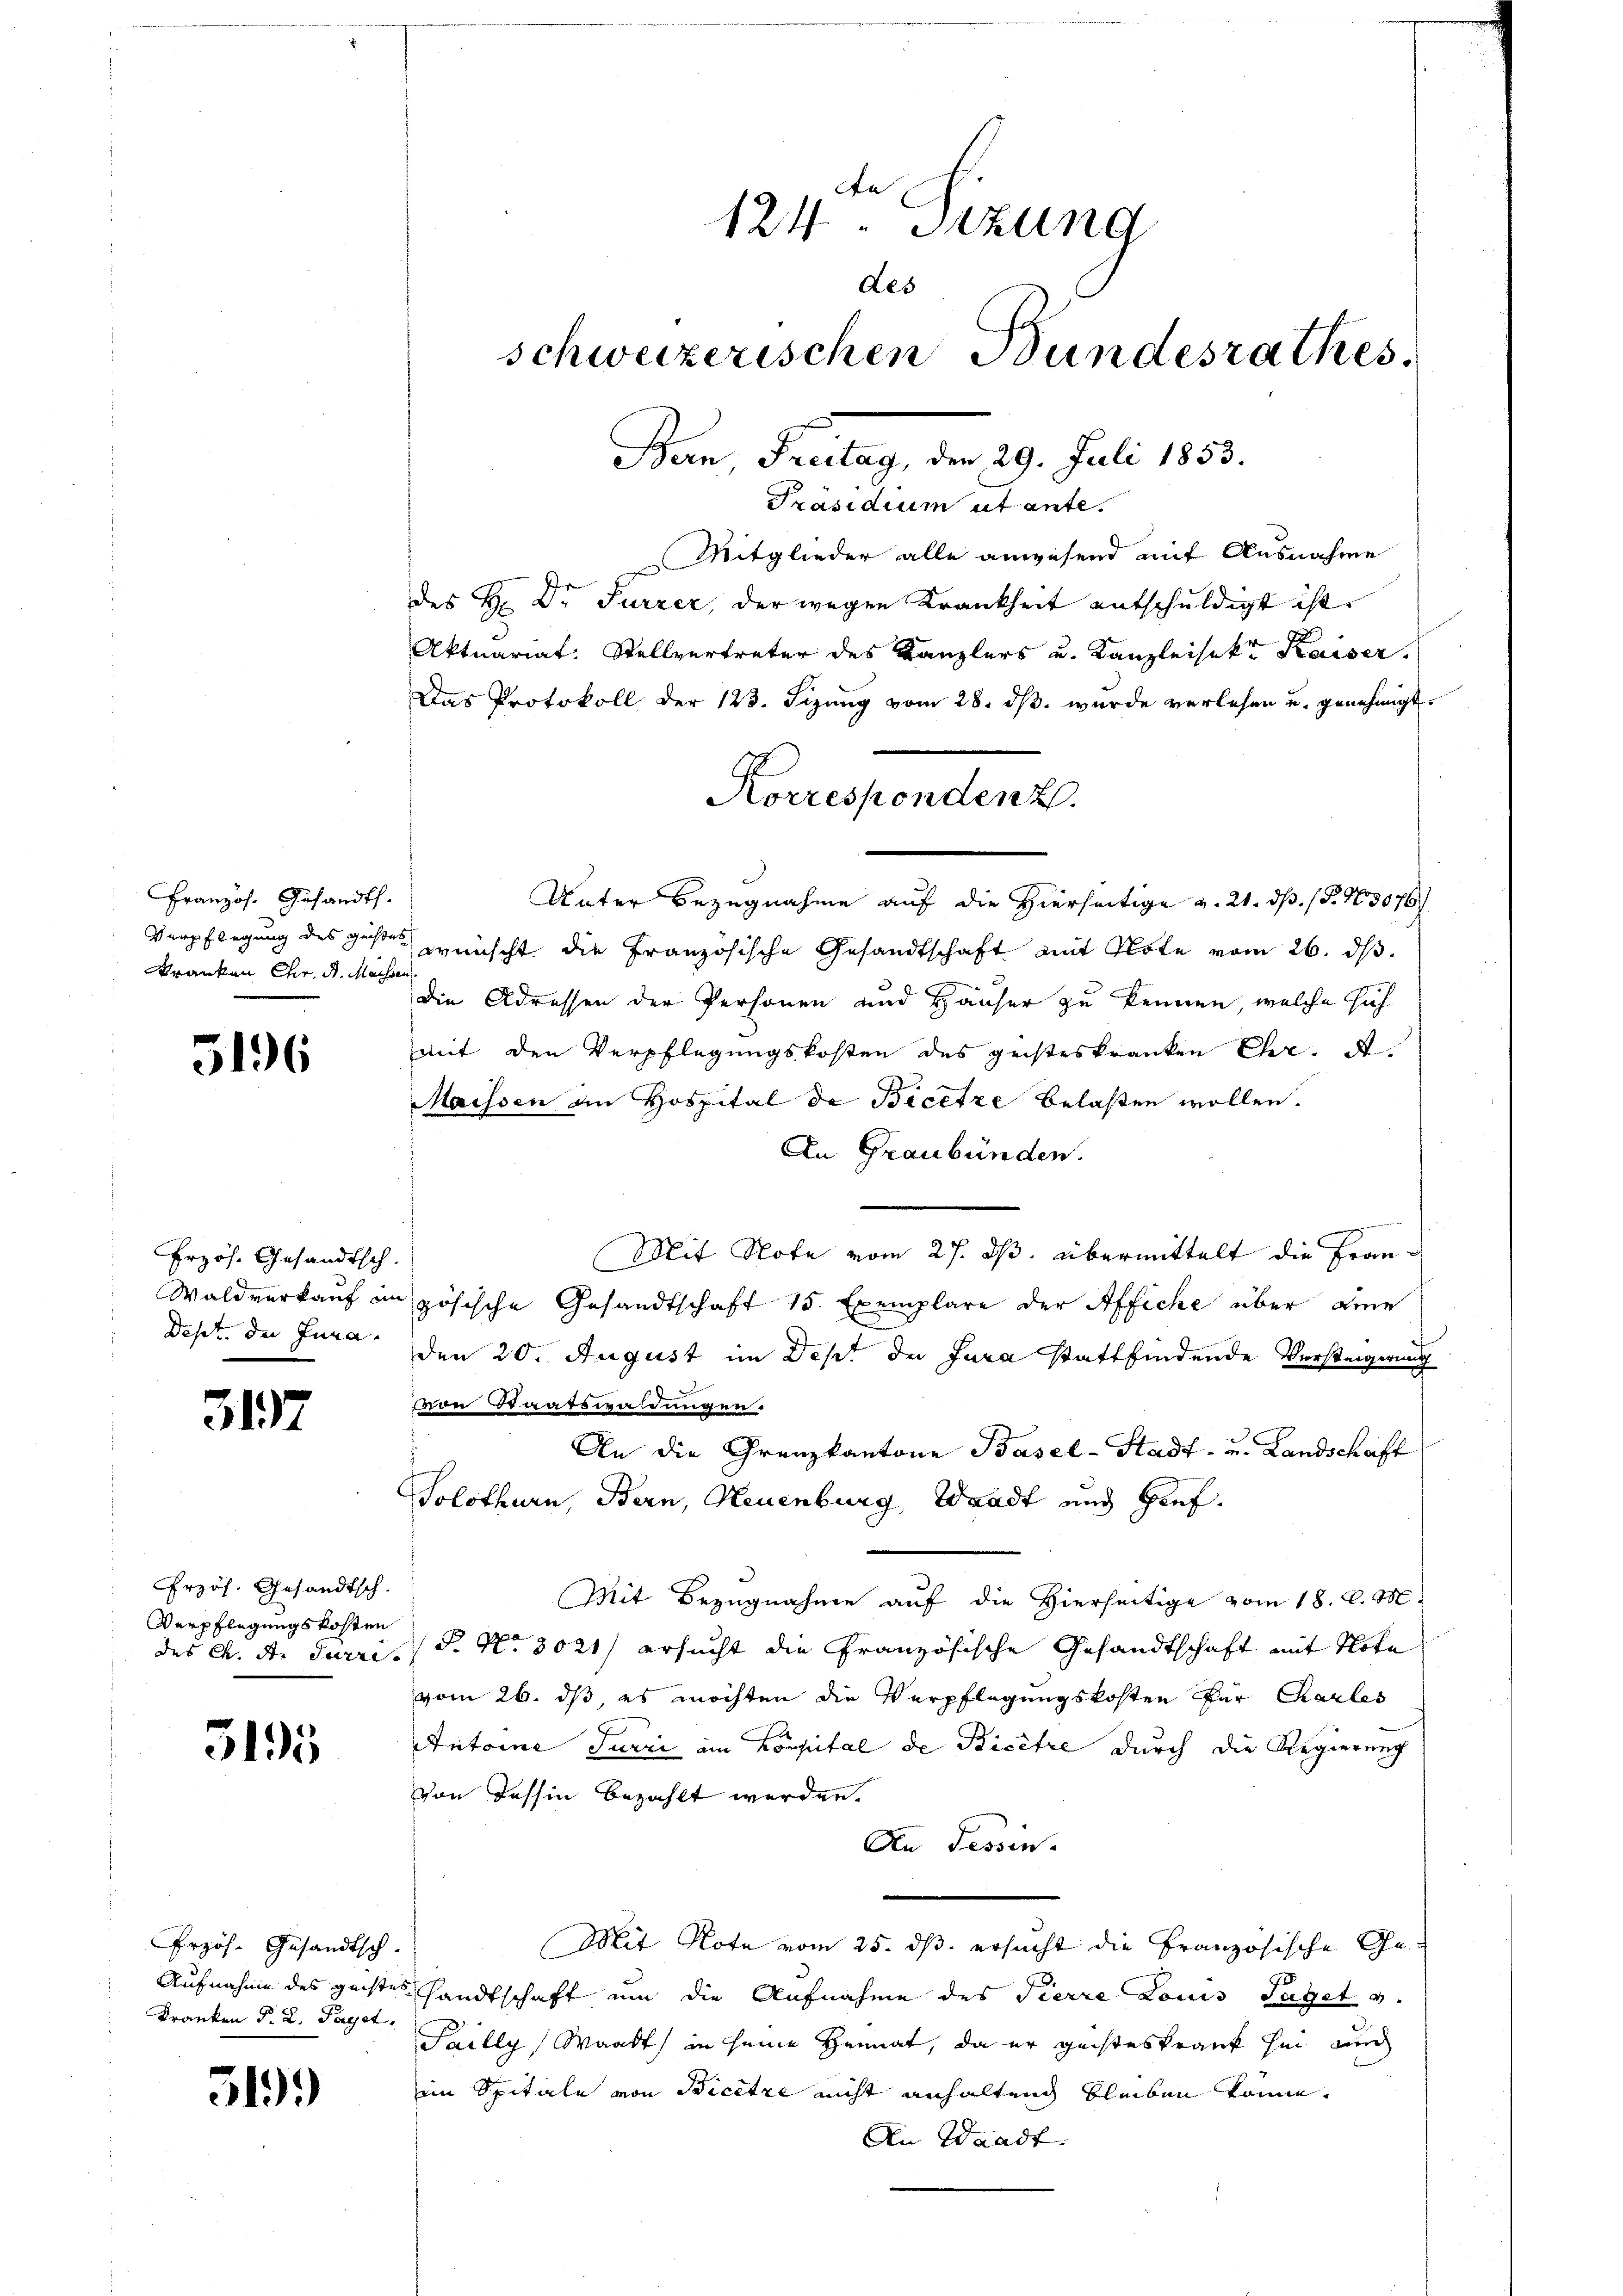
Französ. Gesandts.
Kranken Chr. St. Machsen

5196

Erzös. Gesandtsch.

3197

Przös. Gesandtsch.
Verpflegungskosten

3195

Erzös. Gesandtsch.
Franken d. R. Paget,

319.

Präsidium ut ante.
Mitglieder alle anwesend auf Ausnahme
des H. Dr Furzer, der wegen Krankheit entschuldigt ist.
Aktuariat: Stellvertreter des Kanzlers u. Kanzleisekt Kaiser.
Das Protokoll der 123. Sizung vom 28. ds. wurde verlesen u. genehmigt
Unter Bezugnahme auf die Hierseitige v. 21. ds. (§. 13076
Verpflegung des gester wünscht die Französische Gesandtschaft mit Note vom 26. ds.
die Adressen der Personen und Häuser zu kennen, welche sich
mit den Verpflegungskosten des geisteskranken Chr. A

Maissen an Hospital de Bicetze belaßen wollen.
An Graubünden.
Mit Note vom 27. ds. übermittelt die Fran¬
Waldverkauf im zösische Gesandtschaft 15 Exemplare der Affiche über eine
Dept. der Jura den 20. August im Dept der Jura stattfindende Versteigerung
von Staatswaldungen.
An die Grenzkantone Basel-Stadt- u. Landschaft
Solothurn, Bern, Neuenburg, Waadt und Prof.
Mit Bezugnahme auf die Hierseitige vom 18. d. M.
des K. A. Fürri, S. Nr. 3021) ersucht die Französische Gesandtschaft mit Note
vom 26. ds, es möchten die Verpflegungskosten für Charles
Antoine Furri am Kompital de Bicêtre durch die Regierung
von Tessin bezahlt werden.
An Tessin.
Mit Note vom 25. ds. ersucht die Französische Ge¬
Aufnahme des geistes Handtschaft um die Aufnahme des Pierre Louis Satzet v.
Pailly, Waadt) in seine Heimat, da er geisteskrank sei an
iin Spitale von Bicetze nicht anhaltung bleiben könne.
An Waadt.

A
124. Sitzung
Les
schweizerischen Bundesrathes.
Ban, Freitag, den 29. Juli 1883.

Korresponden 2.